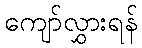
ကျော်လွှားရန်